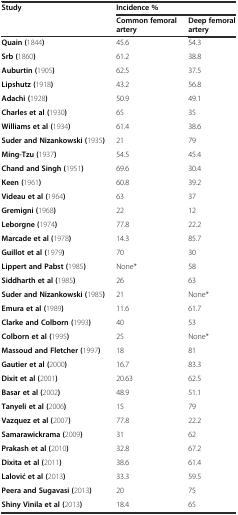
<table><thead><tr><td rowspan="2"><b>Study</b></td><td colspan="2"><b>Incidence %</b></td></tr><tr><td><b>Common femoral artery</b></td><td><b>Deep femoral artery</b></td></tr></thead><tbody><tr><td><b>Quain (</b>1844<b>)</b></td><td>45.6</td><td>54.3</td></tr><tr><td><b>Srb (</b>1860<b>)</b></td><td>61.2</td><td>38.8</td></tr><tr><td><b>Auburtin (</b>1905<b>)</b></td><td>62.5</td><td>37.5</td></tr><tr><td><b>Lipshutz (</b>1918<b>)</b></td><td>43.2</td><td>56.8</td></tr><tr><td><b>Adachi (</b>1928<b>)</b></td><td>50.9</td><td>49.1</td></tr><tr><td><b>Charles et al (</b>1930<b>)</b></td><td>65</td><td>35</td></tr><tr><td><b>Williams et al (</b>1934<b>)</b></td><td>61.4</td><td>38.6</td></tr><tr><td><b>Suder and Nizankowski (</b>1935<b>)</b></td><td>21</td><td>79</td></tr><tr><td><b>Ming-Tzu (</b>1937<b>)</b></td><td>54.5</td><td>45.4</td></tr><tr><td><b>Chand and Singh (</b>1951<b>)</b></td><td>69.6</td><td>30.4</td></tr><tr><td><b>Keen (</b>1961<b>)</b></td><td>60.8</td><td>39.2</td></tr><tr><td><b>Videau et al (</b>1964<b>)</b></td><td>63</td><td>37</td></tr><tr><td><b>Gremigni (</b>1968<b>)</b></td><td>22</td><td>12</td></tr><tr><td><b>Leborgne (</b>1974<b>)</b></td><td>77.8</td><td>22.2</td></tr><tr><td><b>Marcade et al (</b>1978<b>)</b></td><td>14.3</td><td>85.7</td></tr><tr><td><b>Guillot et al (</b>1979<b>)</b></td><td>70</td><td>30</td></tr><tr><td><b>Lippert and Pabst (</b>1985<b>)</b></td><td>None*</td><td>58</td></tr><tr><td><b>Siddharth et al (</b>1985<b>)</b></td><td>26</td><td>63</td></tr><tr><td><b>Suder and Nizankowski (</b>1985<b>)</b></td><td>21</td><td>None*</td></tr><tr><td><b>Emura et al (</b>1989<b>)</b></td><td>11.6</td><td>61.7</td></tr><tr><td><b>Clarke and Colborn (</b>1993<b>)</b></td><td>40</td><td>53</td></tr><tr><td><b>Colborn et al (</b>1995<b>)</b></td><td>25</td><td>None*</td></tr><tr><td><b>Massoud and Fletcher (</b>1997<b>)</b></td><td>18</td><td>81</td></tr><tr><td><b>Gautier et al (</b>2000<b>)</b></td><td>16.7</td><td>83.3</td></tr><tr><td><b>Dixit et al (</b>2001<b>)</b></td><td>20.63</td><td>62.5</td></tr><tr><td><b>Basar et al (</b>2002<b>)</b></td><td>48.9</td><td>51.1</td></tr><tr><td><b>Tanyeli et al (</b>2006<b>)</b></td><td>15</td><td>79</td></tr><tr><td><b>Vazquez et al (</b>2007<b>)</b></td><td>77.8</td><td>22.2</td></tr><tr><td><b>Samarawickrama (</b>2009<b>)</b></td><td>31</td><td>62</td></tr><tr><td><b>Prakash et al (</b>2010<b>)</b></td><td>32.8</td><td>67.2</td></tr><tr><td><b>Dixita et al (</b>2011<b>)</b></td><td>38.6</td><td>61.4</td></tr><tr><td><b>Lalović et al (</b>2013<b>)</b></td><td>33.3</td><td>59.5</td></tr><tr><td><b>Peera and Sugavasi (</b>2013<b>)</b></td><td>20</td><td>75</td></tr><tr><td><b>Shiny Vinila et al (</b>2013<b>)</b></td><td>18.4</td><td>65</td></tr></tbody></table>